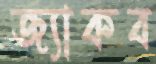
জ্যাকব